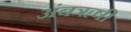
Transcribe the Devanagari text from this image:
अंबॠषी